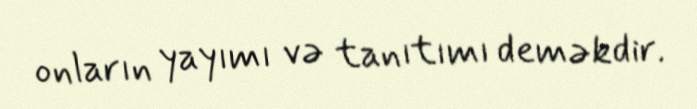
onların yayımı və tanıtımı deməkdir.